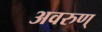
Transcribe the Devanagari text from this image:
अवरुण्